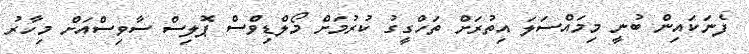
ފެނަކައިން ބުނީ މިމައްސަލަ އިތުރަށް ތަހްގީގު ކުރުމަށް މޯލްޑިވްސް ޕޮލިސް ސާވިސްއަށް މިހާރު